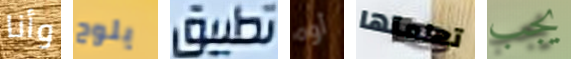
وأنا يلوح تطبيق أوه تعلمتها يجب